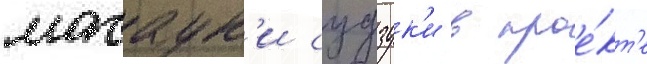
масаук'и судзук'и в прое́кт'е